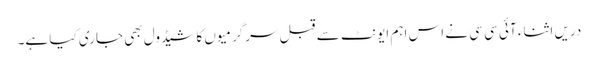
دریں اثناء آئی سی سی نے اس اہم ایونٹ سے قبل سرگرمیوں کا شیڈول بھی جاری کیا ہے۔